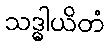
သဒ္ဓါယိတံ